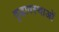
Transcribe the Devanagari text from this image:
वृद्धावस्थाओं